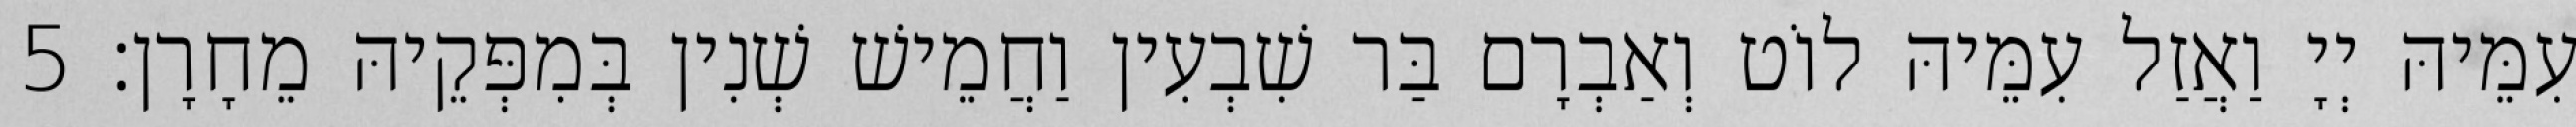
עִמֵּיהּ יְיָ וַאֲזַל עִמֵּיהּ לוֹט וְאַבְרָם בַּר שִׁבְעִין וַחֲמֵישׁ שְׁנִין בְּמִפְּקֵיהּ מֵחָרָן׃ 5